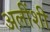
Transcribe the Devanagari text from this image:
अलींशी